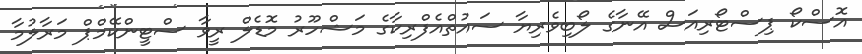
އޮސްކޯ ޕިސްޓޯރިއަސް އޭނާގެ ލޯބިވެރިޔާ ސައުތްއެފްރިކާގެ މަޝްހޫރު މޮޑެލް ރީވާ ސްޓީންކޭމްޕް މަރާލުމާ